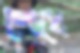
শোধে